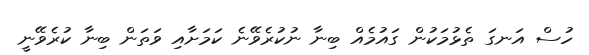
ހުސް އަނގަ ތެޅުމަކުން ގައުމެއް ބިނާ ނުކުރެވޭނެ ކަމަށާއި ވަތަން ބިނާ ކުރެވޭނީ